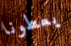
يعطونا